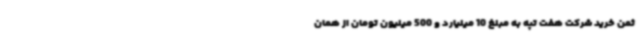
ثمن خرید شرکت هفت تپه به مبلغ 10 میلیارد و 500 میلیون تومان از همان